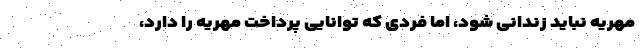
مهریه نباید زندانی شود، اما فردی که توانایی پرداخت مهریه را دارد،